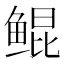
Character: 鲲